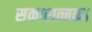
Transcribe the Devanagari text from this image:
सकारात्मक।